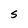
Character: S